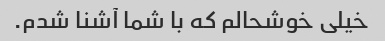
خیلی خوشحالم که با شما آشنا شدم.